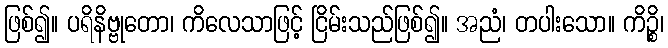
ဖြစ်၍။ ပရိနိဗ္ဗုတော၊ ကိလေသာဖြင့် ငြိမ်းသည်ဖြစ်၍။ အညံ၊ တပါးသော။ ကိဉ္စိ၊